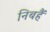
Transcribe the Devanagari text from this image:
निबहैं